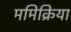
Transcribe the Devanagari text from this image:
ममिक्रिया